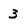
Character: 3